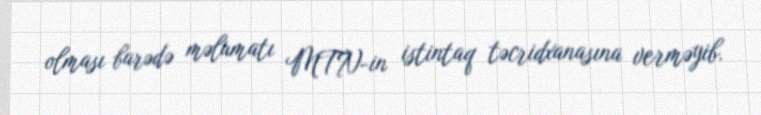
olması barədə məlumatı MTN-in istintaq təcridxanasına verməyib.